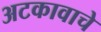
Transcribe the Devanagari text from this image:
अटकावाचे